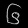
Digit: ၆